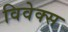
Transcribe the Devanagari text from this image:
विवेक्स